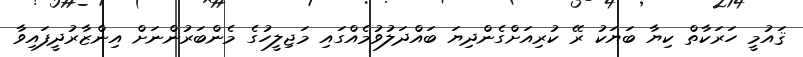
ޤައުމީ ހަރަކާތް ކިޔާ ބަޔަކު ރޭ ކުރިއަށްގެންދިޔަ ބައްދަލުވުމެއްގައި މަޖިލީހުގެ މެންބަރުންނަށް އިންޒާރުދީފައިވާ